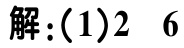
解:(1)2 6